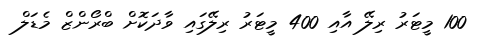
100 މީޓަރު ރިލޭ އާއި 400 މީޓަރު ރިލޭގައި ވާދަކޮށް ބްރޯންޒް މެޑަލް